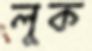
লুক